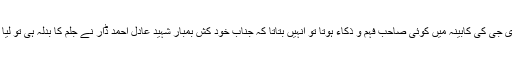
مودی جی کی کابینہ میں کوئی صاحب فہم و ذکاء ہوتا تو انہیں بتاتا کہ جناب خود کش بمبار شہید عادل احمد ڈار نے جُلم کا بدلہ ہی تو لیا ہے۔